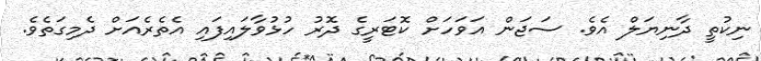
ނިކުތީ ދާނިޔަލް އެވެ. ސަޖަން އަވަހަށް ކޮޓަރީގެ ދޮރު ހުޅުވާލައިފައި އެތެރެއަށް ދެމިގަތެވެ.